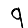
Digit: 9